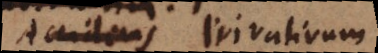
Accidens Privativum